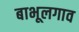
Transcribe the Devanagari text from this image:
बाभूलगाव